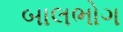
બાલભોગ